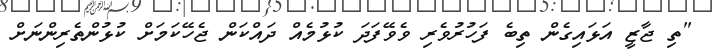
"ތި ޖާޒީ އަޅައިގެން ތިބެ ފަހުރުވެރި ވެވޭފަދަ ކުޅުމެއް ދައްކަން ޖެހޭކަމަށް ކުޅުންތެރިންނަށް